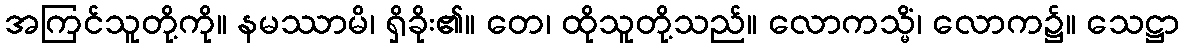
အကြင်သူတို့ကို။ နမဿာမိ၊ ရှိခိုး၏။ တေ၊ ထိုသူတို့သည်။ လောကသ္မိံ၊ လောက၌။ သေဋ္ဌာ